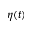
\eta ( t )